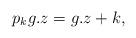
LaTeX: \begin{align*} p_kg.z = g.z + k,\end{align*}